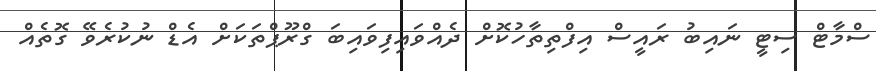
ސްމާޓް ސިޓީ ނައިބު ރައީސް އިފްތިތާހުކޮށް ދެއްވައިފިވައިބަ ގްރޫޕްތަކަށް އެޑް ނުކުރެވޭ ގޮތެއް